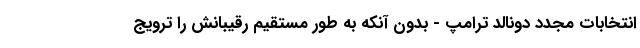
انتخابات مجدد دونالد ترامپ - بدون آنکه به طور مستقیم رقیبانش را ترویج